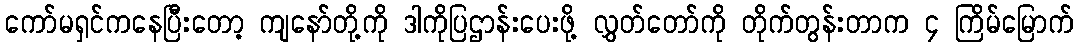
ကော်မရှင်ကနေပြီးတော့ ကျနော်တို့ကို ဒါကိုပြဌာန်းပေးဖို့ လွှတ်တော်ကို တိုက်တွန်းတာက ၄ ကြိမ်မြောက်